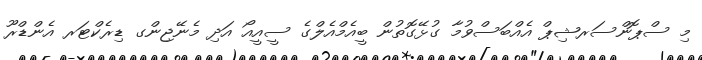
މި ސްޕޮންސަރޝިޕް އެއްބަސްވުމާ ގުޅޭގޮތުން ބީއެމްއެލްގެ ސީއީއޯ އަދި މެނޭޖިންގ ޑިރެކްޓަރ އެންޑްރޫ